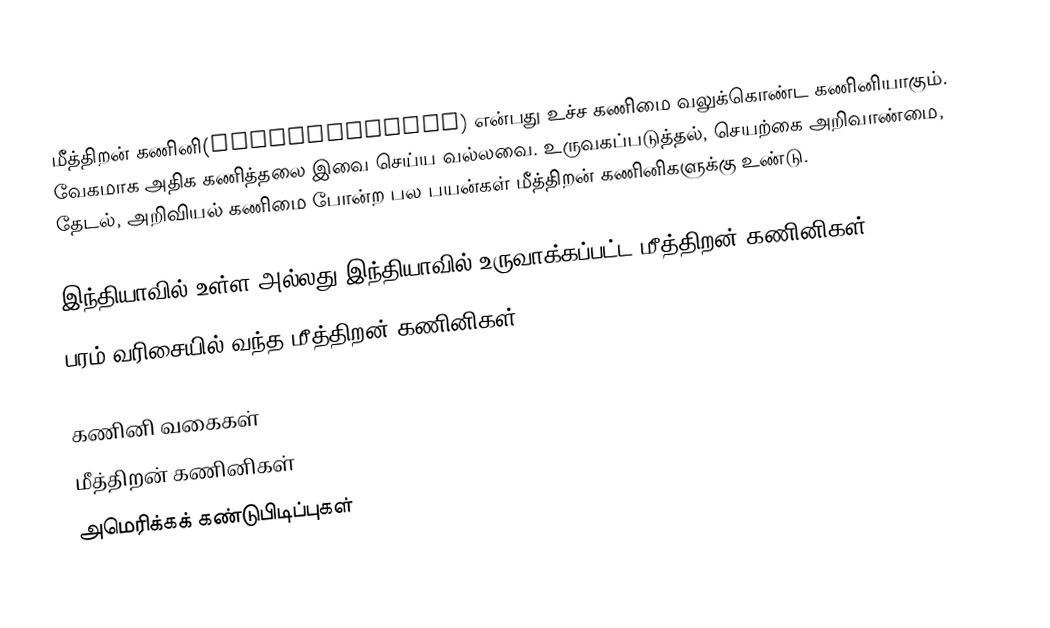
மீத்திறன் கணினி(supercomputer)  என்பது உச்ச கணிமை வலுக்கொண்ட கணினியாகும். வேகமாக அதிக கணித்தலை இவை செய்ய வல்லவை. உருவகப்படுத்தல், செயற்கை அறிவாண்மை, தேடல், அறிவியல் கணிமை போன்ற பல பயன்கள் மீத்திறன் கணினிகளுக்கு உண்டு.

இந்தியாவில் உள்ள அல்லது இந்தியாவில் உருவாக்கப்பட்ட மீத்திறன் கணினிகள்
 பரம் வரிசையில் வந்த மீத்திறன் கணினிகள்

கணினி வகைகள்
மீத்திறன் கணினிகள்
அமெரிக்கக் கண்டுபிடிப்புகள்